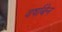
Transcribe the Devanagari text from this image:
वर्षाबेन